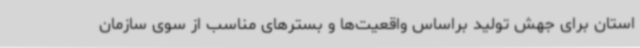
استان برای جهش تولید براساس واقعیت‌ها و بسترهای مناسب از سوی سازمان